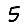
Digit: 5